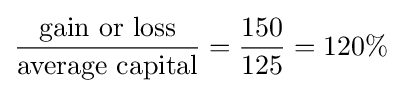
{\frac {\text{gain or loss}}{\text{average capital}}}={\frac {150}{125}}=120\%